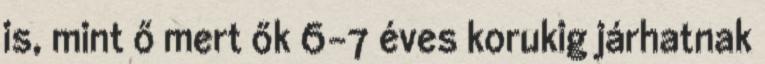
is, mint ő mert ők 6-7 éves korukig járhatnak